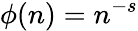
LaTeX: \phi(n)={n}^{-s}